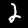
Label: 2